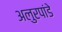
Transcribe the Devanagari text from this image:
अलुरपांडे